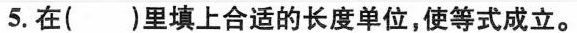
5.在( )里填上合适的长度单位，使等式成立。